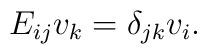
E_{ij} v_k = \delta_{jk} v_i.